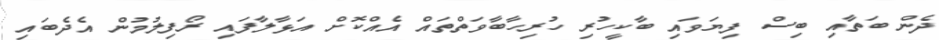
ދެން ބަތާއި ބިސް ފިޔަވައި ބާކީހުރި ހުރިހާބާވަތްތައް އެއްކޮށް އަޅާލާފައި ރޯފިލުމުން އެދެބައި